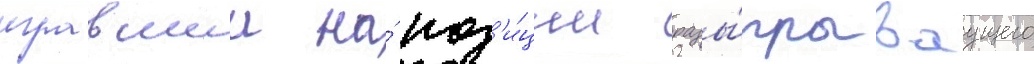
игравшии на́ поз'и́ции разы́грываущего